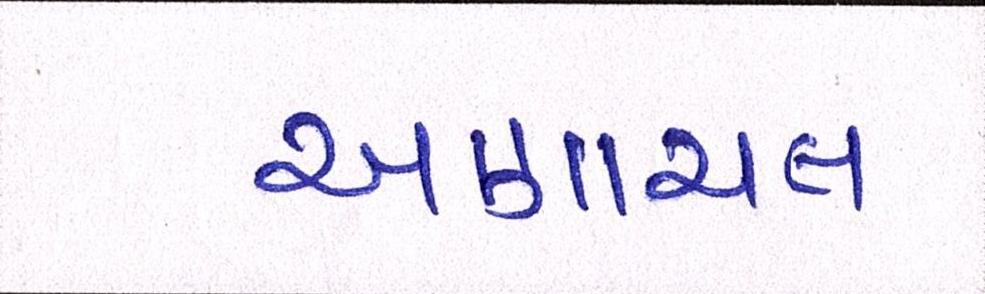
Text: અણાચલ